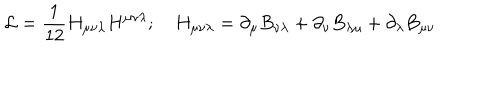
{ \cal L } = \frac { 1 } { 1 2 } H _ { \mu \nu \lambda } H ^ { \mu \nu \lambda } ; ~ H _ { \mu \nu \lambda } = \partial _ { \mu } B _ { \nu \lambda } + \partial _ { \nu } B _ { \lambda \mu } + \partial _ { \lambda } B _ { \mu \nu }